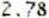
2.78